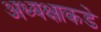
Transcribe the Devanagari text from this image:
अध्यक्षाकडे